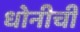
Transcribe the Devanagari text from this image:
धोनीची